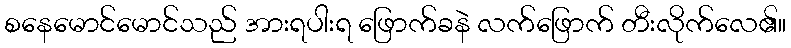
စနေမောင်မောင်သည် အားရပါးရ ဖြောက်ခနဲ လက်ဖြောက် တီးလိုက်လေ၏။